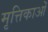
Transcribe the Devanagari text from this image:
मृत्तिकाओं